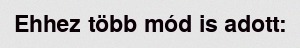
Ehhez több mód is adott: